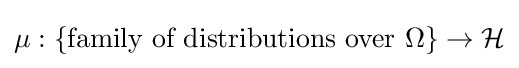
\mu :\{{\text{family of distributions over }}\Omega \}\to {\mathcal {H}}